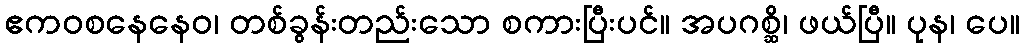
ဧကဝစနေနေဝ၊ တစ်ခွန်းတည်းသော စကားပြီးပင်။ အပဂစ္ဆိ၊ ဖယ်ပြီ။ ပုန၊ ပေ။